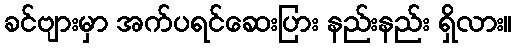
ခင်ဗျားမှာ အက်ပရင်ဆေးပြား နည်းနည်း ရှိလား။